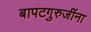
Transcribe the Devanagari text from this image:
बापटगुरुजींना